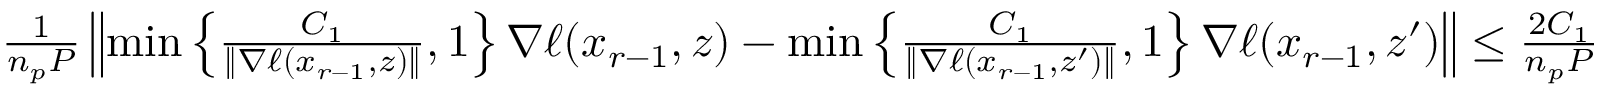
\begin{array} { r } { \frac { 1 } { n _ { p } P } \left\| \operatorname* { m i n } \left\{ \frac { C _ { 1 } } { \| \nabla \ell ( x _ { r - 1 } , z ) \| } , 1 \right\} \nabla \ell ( x _ { r - 1 } , z ) - \operatorname* { m i n } \left\{ \frac { C _ { 1 } } { \| \nabla \ell ( x _ { r - 1 } , z ^ { \prime } ) \| } , 1 \right\} \nabla \ell ( x _ { r - 1 } , z ^ { \prime } ) \right\| \leq \frac { 2 C _ { 1 } } { n _ { p } P } } \end{array}